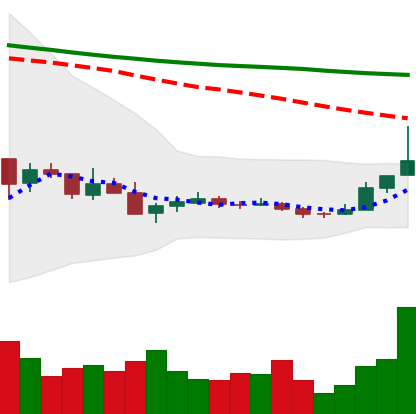
Ticker: TRX-USD
Chart end date: 2018-12-19
Forward return: 34.504%
Label: up_7plus